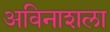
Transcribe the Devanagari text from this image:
अविनाशला